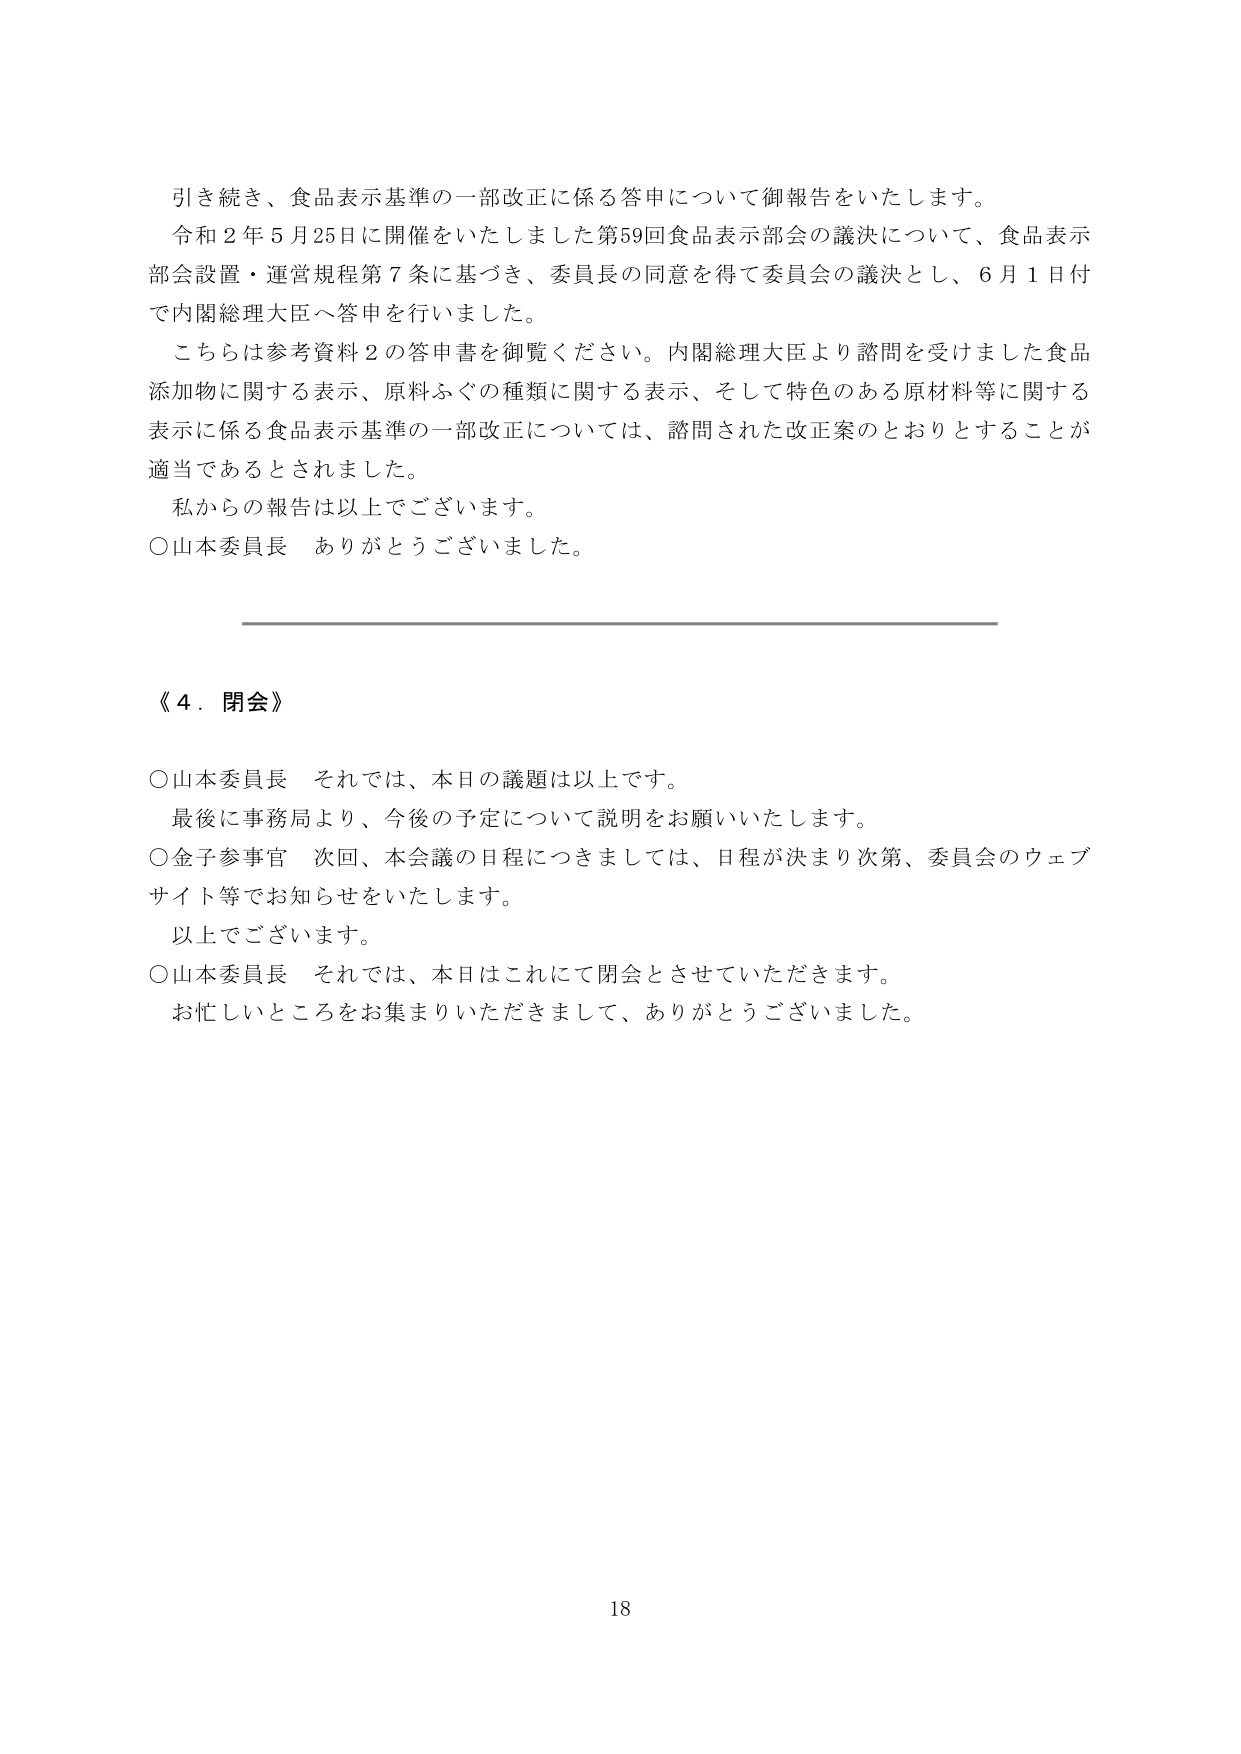
引き続き、食品表示基準の一部改正に係る答申について御報告をいたします。
令和２年５月25日に開催をいたしました第59回食品表示部会の議決について、食品表示
部会設置・運営規程第７条に基づき、委員長の同意を得て委員会の議決とし、６月１日付
で内閣総理大臣へ答申を行いました。
こちらは参考資料２の答申書を御覧ください。内閣総理大臣より諮問を受けました食品
添加物に関する表示、原料ふぐの種類に関する表示、そして特色のある原材料等に関する
表示に係る食品表示基準の一部改正については、諮問された改正案のとおりとすることが
適当であるとされました。
私からの報告は以上でございます。
○山本委員長　ありがとうございました。

《４．閉会》

○山本委員長　それでは、本日の議題は以上です。
最後に事務局より、今後の予定について説明をお願いいたします。
○金子参事官　次回、本会議の日程につきましては、日程が決まり次第、委員会のウェブ
サイト等でお知らせをいたします。
以上でございます。
○山本委員長　それでは、本日はこれにて閉会とさせていただきます。
お忙しいところをお集まりいただきまして、ありがとうございました。

18